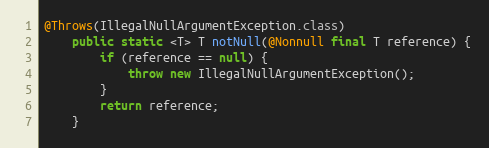
Language: Java
@Throws(IllegalNullArgumentException.class)
	public static <T> T notNull(@Nonnull final T reference) {
		if (reference == null) {
			throw new IllegalNullArgumentException();
		}
		return reference;
	}